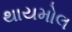
થાયમોલ